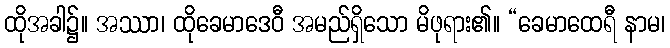
ထိုအခါ၌။ အဿာ၊ ထိုခေမာဒေဝီ အမည်ရှိသော မိဖုရား၏။ “ခေမာထေရီ နာမ၊